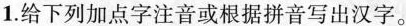
1.给下列加点字注音或根据拼音写出汉字。